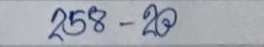
258 - 20